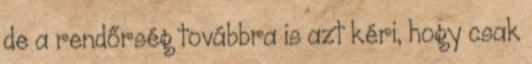
de a rendőrség továbbra is azt kéri, hogy csak